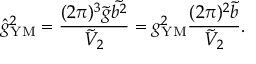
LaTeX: \hat { g } _ { \mathrm { Y M } } ^ { 2 } = \frac { ( 2 \pi ) ^ { 3 } \tilde { g } \tilde { b ^ { 2 } } } { \tilde { V } _ { 2 } } = g _ { \mathrm { Y M } } ^ { 2 } \frac { ( 2 \pi ) ^ { 2 } \tilde { b } } { \tilde { V } _ { 2 } } .